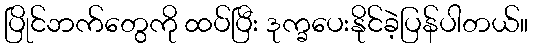
ပြိုင်ဘက်တွေကို ထပ်ပြီး ဒုက္ခပေးနိုင်ခဲ့ပြန်ပါတယ်။